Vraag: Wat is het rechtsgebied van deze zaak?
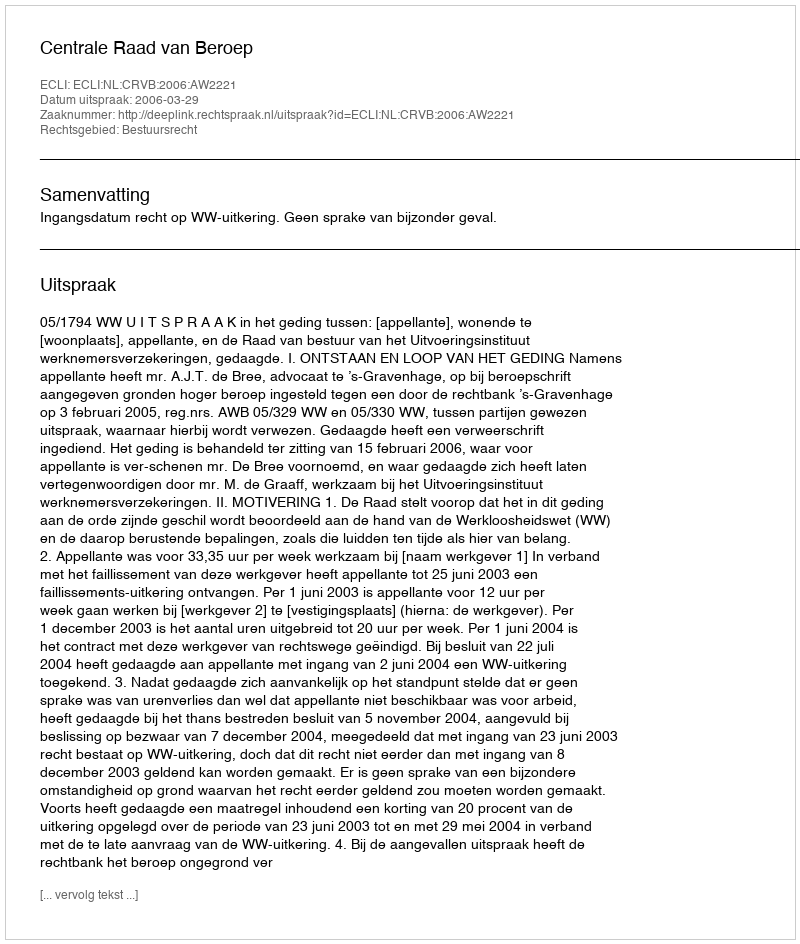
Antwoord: Bestuursrecht